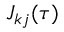
J _ { k j } ( \tau )